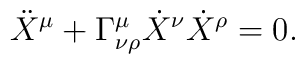
\ddot{X}^{\mu} + \Gamma^{\mu}_{\nu\rho} \dot{X}^{\nu}\dot{X}^{\rho}= 0   .